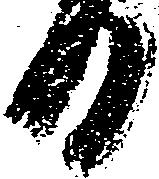
日